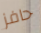
حافز